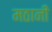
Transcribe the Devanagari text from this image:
मठानी